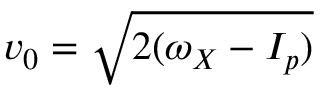
v _ { 0 } = \sqrt { 2 ( \omega _ { X } - I _ { p } ) }